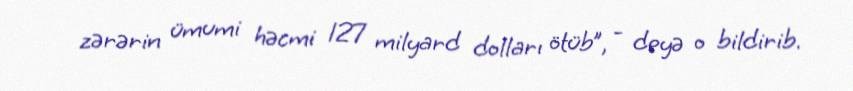
zərərin ümumi həcmi 127 milyard dolları ötüb”, - deyə o bildirib.